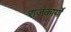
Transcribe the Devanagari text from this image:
राजकार्यों